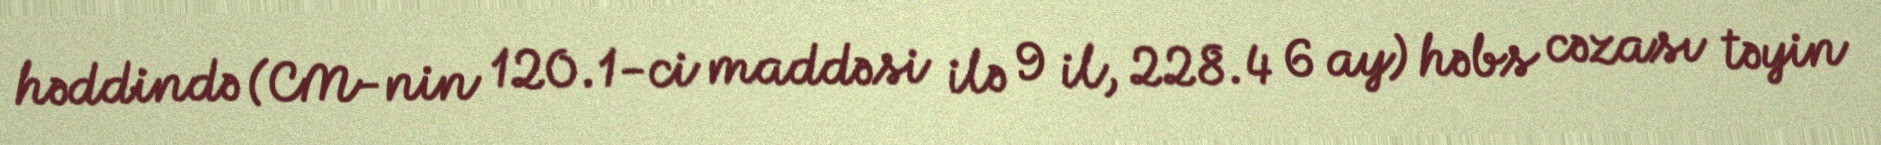
həddində (CM-nin 120.1-ci maddəsi ilə 9 il, 228.4 6 ay) həbs cəzası təyin